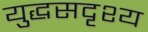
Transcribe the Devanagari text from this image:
युद्धसदृश्य